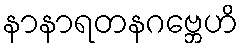
နာနာရတနဂဗ္ဘေဟိ